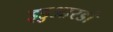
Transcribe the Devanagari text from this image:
इडुआरडो